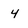
Character: 4